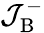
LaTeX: \mathcal{J}_{\mathrm{B}}^{-}